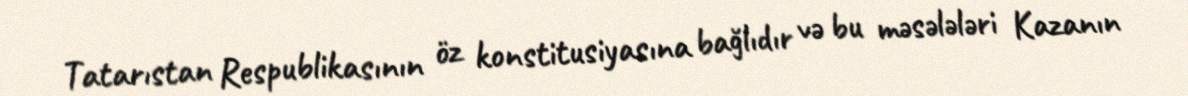
Tatarıstan Respublikasının öz konstitusiyasına bağlıdır və bu məsələləri Kazanın